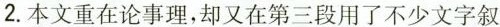
2.本文重在论事理，却又在第三段用了不少文字叙